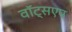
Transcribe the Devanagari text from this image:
वॉट्सएप